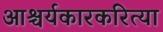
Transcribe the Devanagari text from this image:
आश्चर्यकारकरित्या